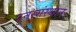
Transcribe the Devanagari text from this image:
पुनस्संस्थान